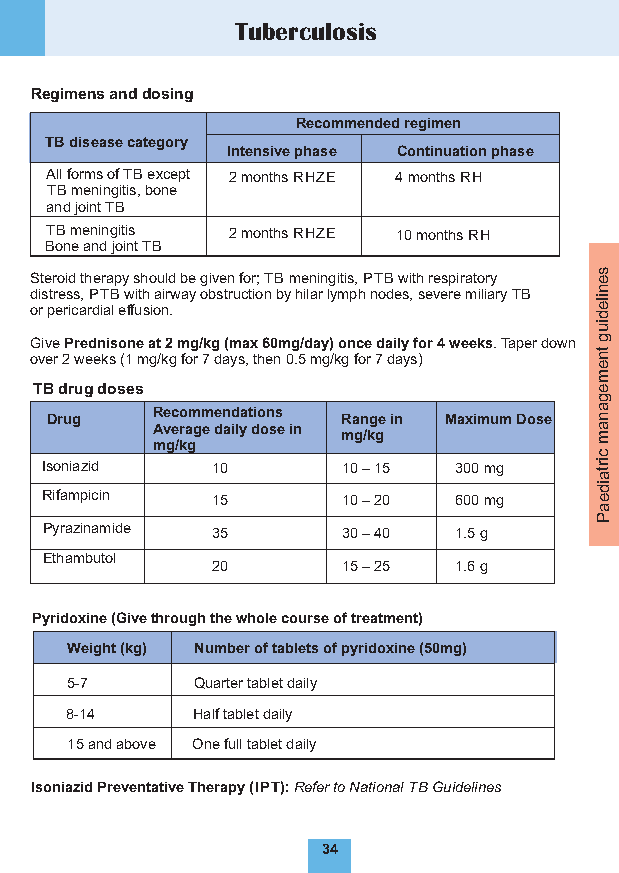
Tuberculosis
 Regimens and dosing
 Recommended regimen
 TB disease category
 Intensive phase Continuation phase
 All forms of TB except 2 months RHZE 4 months RH
 TB meningitis, bone
 and joint TB
 TB meningitis 2 months RHZE 10 months RH
 Bone and joint TB
 Steroid therapy should be given for; TB meningitis, PTB with respiratory s e
 d oi rs ptr ee rs ics a, rP dT iaB
 l e
 w ffuith
 si
 oa nir .w ay obstruction by hilar lymph nodes, severe miliary TB n ile
 d
 iu
 oG viv ee
 r
 2P r we ed en ki ss o (1n e
 m
 a gt
 /
 k2
 g
 m fog
 r
 / 7k g
 d
 a(m ysa
 ,
 x
 th
 6 e0 nm 0g .5/d may g)
 /
 ko gn fc oe
 r
 7d a di aly
 y
 sf )o r 4 weeks. Taper down g
 tn
 e
 m
 TB drug doses                        e
 g
 Drug   Recommendations Range in Maximum Dose a n
 Average daily dose in        a
 mg/kg           m
 mg/kg
 c
 Isoniazid  10       10 – 15 300 mg  irta
 Rifampicin 15       10 – 20 600 mg
 id
 e
 a
 P
 Pyrazinamide 35     30 – 40 1.5 g
 Ethambutol
 20       15 – 25 1.6 g
 Pyridoxine (Give through the whole course of treatment)
 Weight (kg ) Number of tablets of pyridoxine (50mg)
 5-7      Quarter tablet daily
 8-14     Half tablet daily
 15 and above One full tablet daily
 Isoniazid Preventative Therapy (IPT): Refer to National TB Guidelines
 34